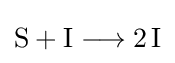
{\mathrm {S} {}+{}\mathrm {I} {}\mathrel {\longrightarrow } {}2\,\mathrm {I} }